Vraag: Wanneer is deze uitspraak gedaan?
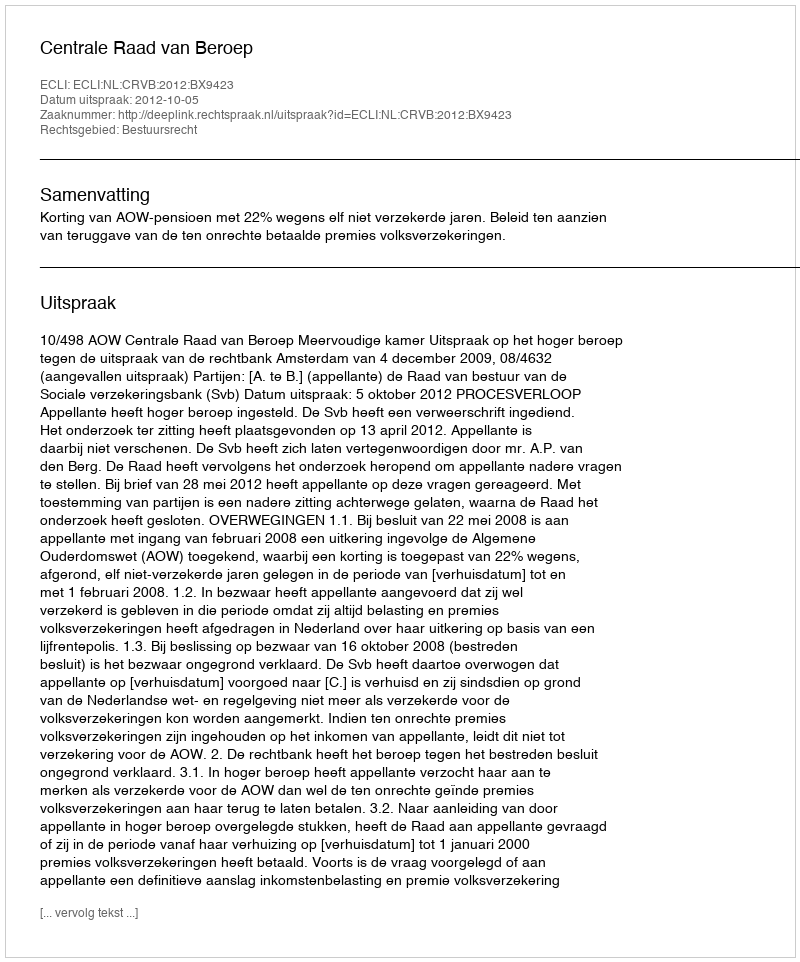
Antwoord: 2012-10-05